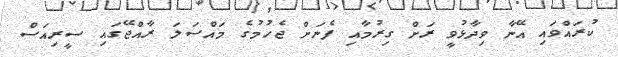
ކުރައްވައި އޭނާ ވިދާޅުވީ ރަށް ގިރުމާއި ފެނަށް ޖެހުމުގެ މައްސަލަ ރާއްޖޭގައި ސީރިއަސް